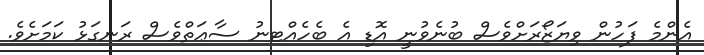
އެންމެ ފަހުން ވިޔަޒޯރަށްވެސް ބުނެވުނީ އޮޑި އެ ބެހެއްޓނު ސާޢަތްވެސް ރަނގަޅު ކަމަށެވެ.